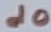
Text: d0